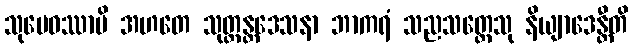
သုမေဓဿာပိ အဟတေ သုတ္တန္တဒေသနာ ဘာကရံ သညသတ္တေသု နိယျာဒေန္တီတိ